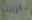
الزبيب